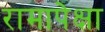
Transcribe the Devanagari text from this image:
रामापेक्षा